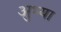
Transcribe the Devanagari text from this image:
अुभ्या